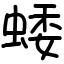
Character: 蜲